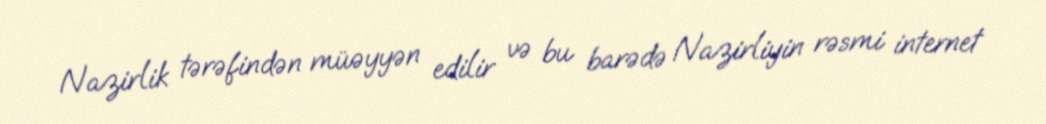
Nazirlik tərəfindən müəyyən edilir və bu barədə Nazirliyin rəsmi internet